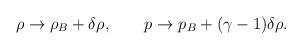
LaTeX: \begin{align*}\rho \to \rho_B + \delta \rho, \qquad p \to p_B + (\gamma - 1)\delta \rho.\end{align*}